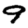
Digit: 9